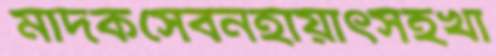
মাদকসেবনহায়াৎসহখা